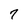
Character: 7